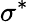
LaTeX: \sigma^{\ast}